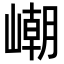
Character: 𡼼